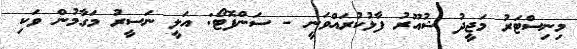
މިނިސްޓަރު މަޖީދު ޝުއޫރު ފާޅުކުރައްވަނީ - ސަންފޮޓޯ: އަލީ ނަސީރު މަގާމުން ވަކި